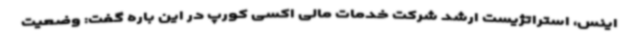
اینس، استراتژیست ارشد شرکت خدمات مالی اکسی کورپ در این باره گفت: وضعیت